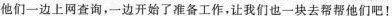
他们一边上网查询，一边开始了准备工作，让我们也一块去帮帮他们吧